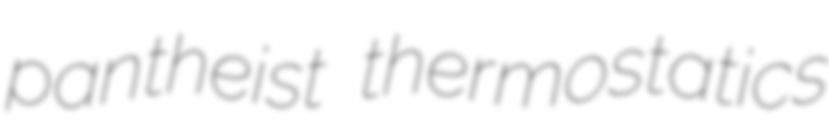
pantheist thermostatics